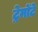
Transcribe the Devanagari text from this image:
ट्रेमोंटे